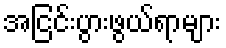
အငြင်းပွားဖွယ်ရာများ